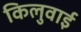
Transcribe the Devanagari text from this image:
किलुवाई